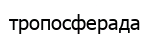
тропосферада